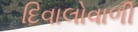
દિવાલોવાળી